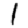
Digit: 1